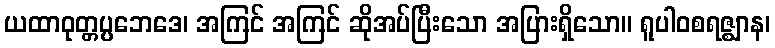
ယထာဝုတ္တပ္ပဘေဒေ၊ အကြင် အကြင် ဆိုအပ်ပြီးသော အပြားရှိသော။ ရူပါဝစရဇ္ဈာန၊